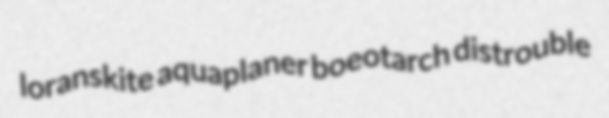
loranskite aquaplaner boeotarch distrouble